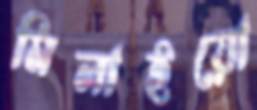
মিলাইয়ো